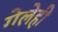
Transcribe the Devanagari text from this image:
गेलेही